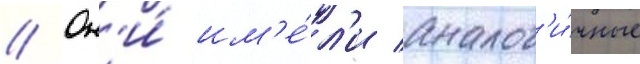
// Он'и́ им'е́л'и аналог'и́чные